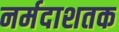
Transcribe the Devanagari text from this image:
नर्मदाशतक